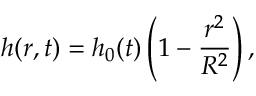
h ( r , t ) = h _ { 0 } ( t ) \left( 1 - \frac { r ^ { 2 } } { R ^ { 2 } } \right) ,